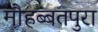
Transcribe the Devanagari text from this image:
मौहब्बतपुरा